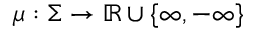
\mu : \Sigma \to \mathbb { R } \cup \{ \infty , - \infty \}